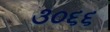
૩૦૬૬